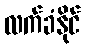
လက်ခံနိုင်